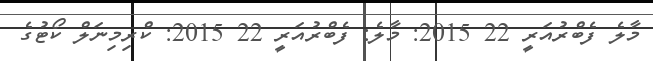
މާލެ ފެބްރުއަރީ 22 2015: މާލެ: ފެބްރުއަރީ 22 2015: ކްރިމިނަލް ކޯޓުގެ